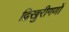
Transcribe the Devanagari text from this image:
द्विखुरीगणों